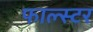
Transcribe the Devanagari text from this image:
फाल्स्टर